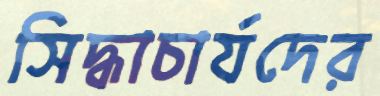
সিদ্ধাচার্যদের